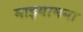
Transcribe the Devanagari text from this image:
माझ्यामना